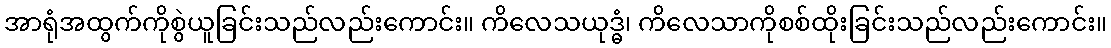
အာရုံအထွက်ကိုစွဲယူခြင်းသည်လည်းကောင်း။ ကိလေသယုဒ္ဓံ၊ ကိလေသာကိုစစ်ထိုးခြင်းသည်လည်းကောင်း။